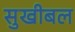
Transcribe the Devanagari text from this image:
सुखीबल